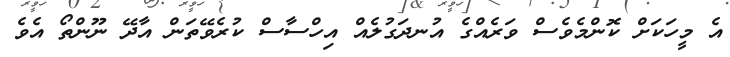
އެ މީހަކަށް ކޮންމެވެސް ވަރެއްގެ އުނދަގުލެއް އިހްސާސް ކުރެވޭތަން އާދޭ ނޫންތޯ އެވެ